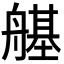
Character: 𦪆